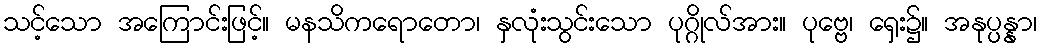
သင့်သော အကြောင်းဖြင့်။ မနသိကရောတော၊ နှလုံးသွင်းသော ပုဂ္ဂိုလ်အား။ ပုဗ္ဗေ၊ ရှေး၌။ အနုပ္ပန္နာ၊